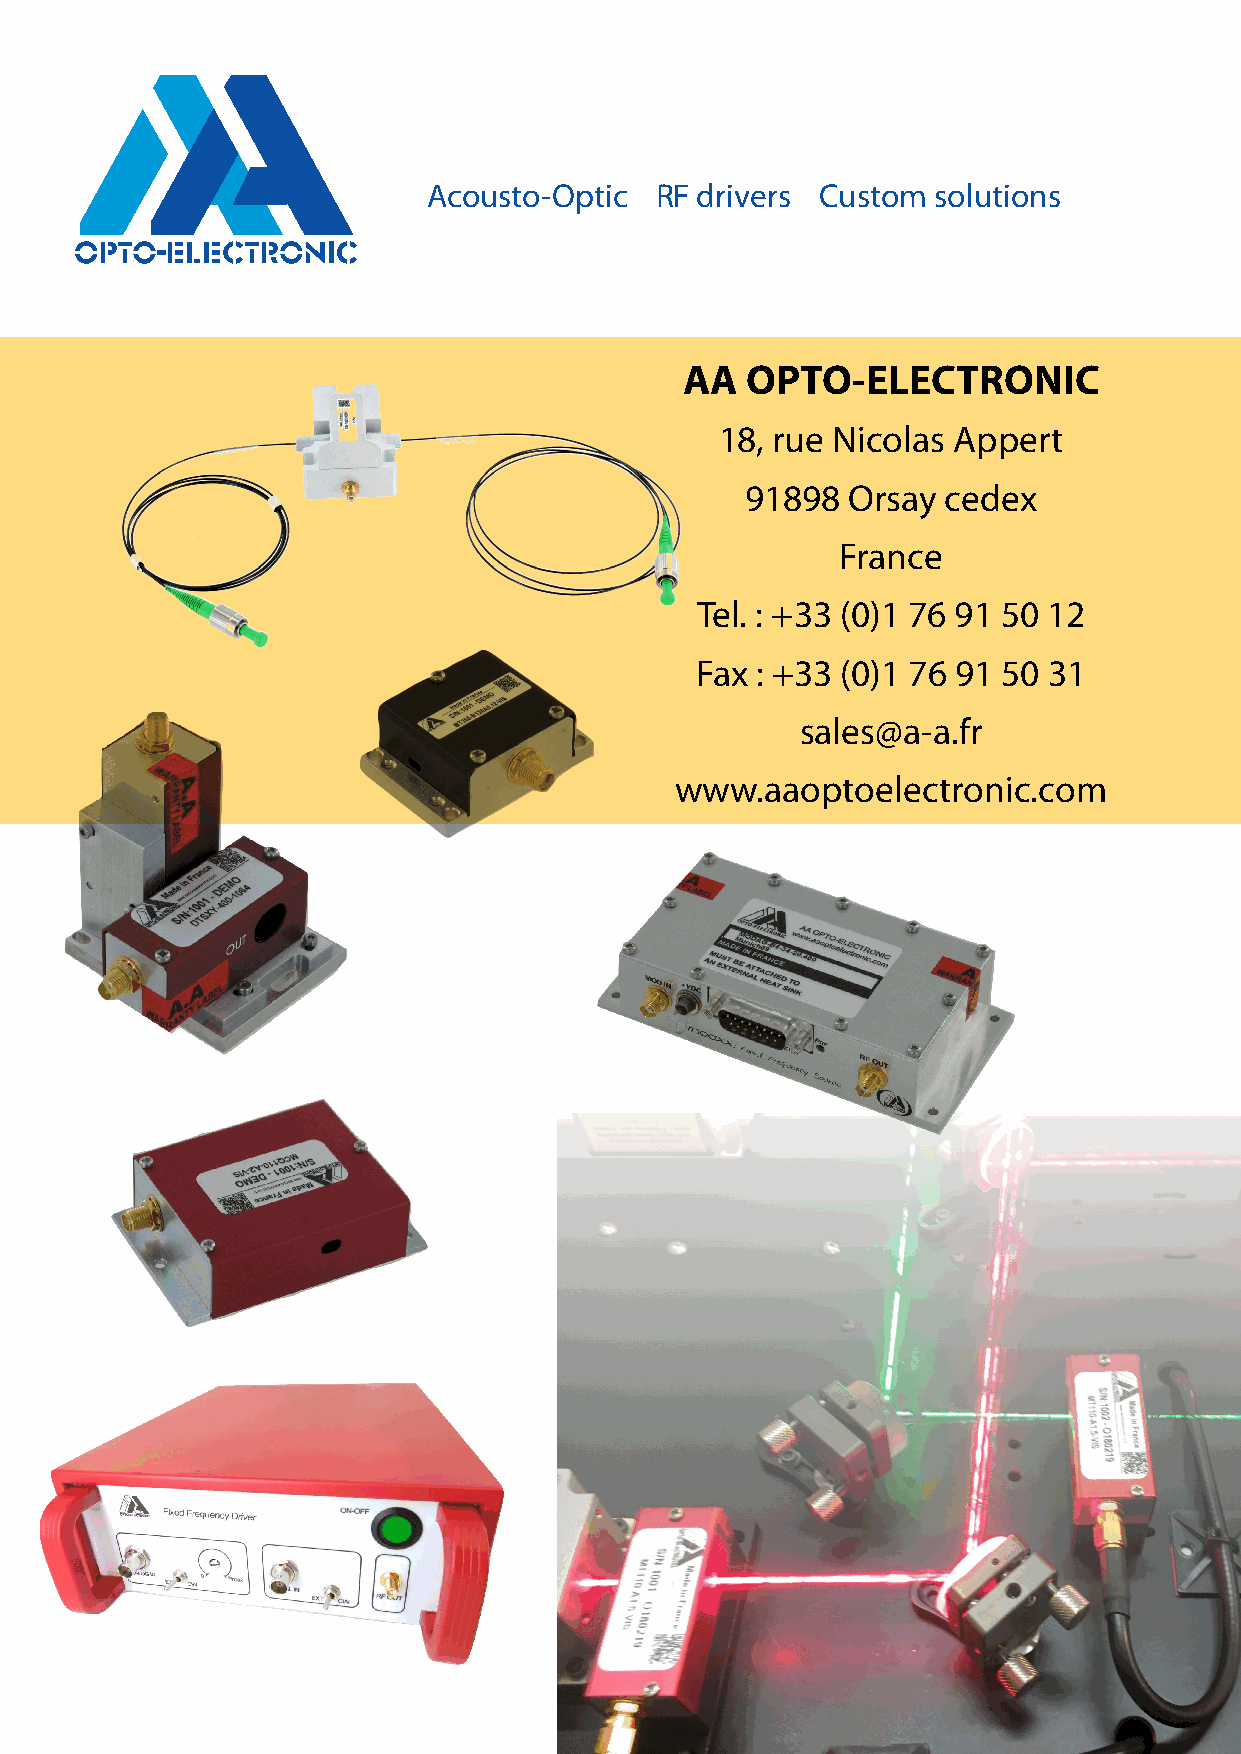
Acousto-Optic  RF drivers Custom  solutions
 AA  OPTO-ELECTRONIC
 18, rue Nicolas Appert
 91898  Orsay  cedex
 France
 Tel. : +33 (0)1 76 91 50 12
 Fax : +33 (0)1 76 91 50 31
 sales@a-a.fr
 www.aaoptoelectronic.com